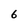
Character: 6